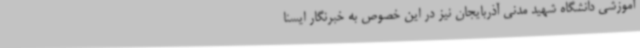
آموزشی دانشگاه شهید مدنی آذربایجان نیز در این خصوص به خبرنگار ایسنا